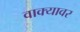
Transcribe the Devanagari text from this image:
वाक्यावर